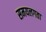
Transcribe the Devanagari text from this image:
समयलगता